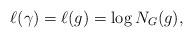
LaTeX: \begin{align*} \ell(\gamma) = \ell(g) = \log N_G(g),\end{align*}